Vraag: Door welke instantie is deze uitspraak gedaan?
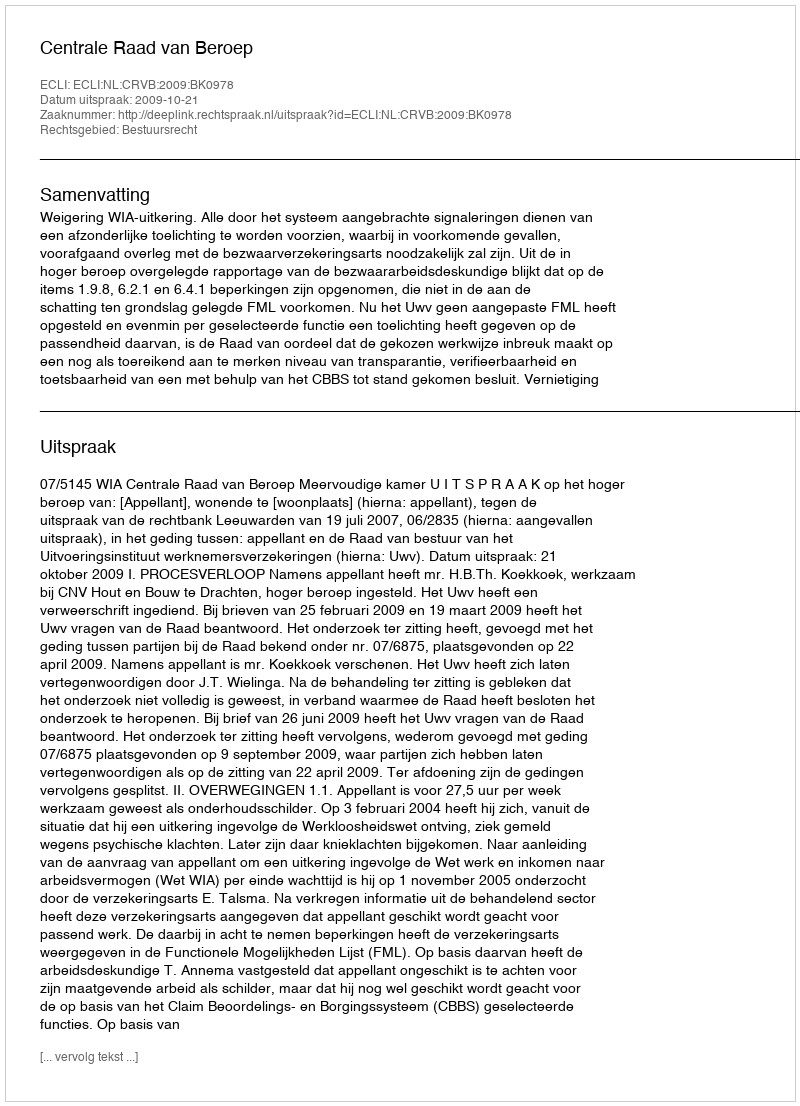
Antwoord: Centrale Raad van Beroep